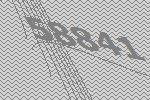
58841